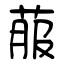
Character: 菔